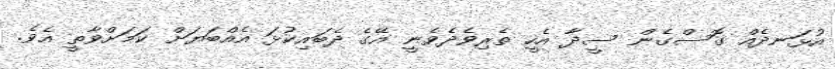
އުޅަނދެއް ގޮސްގެން ސީދާ އެހީ ތެރިވެދެވެނީ އޭގެ ދެބައިކުޅަ އެއްބަޔަށް ކަމަށްވާތީ އެވެ.